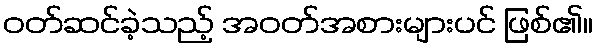
ဝတ်ဆင်ခဲ့သည့် အဝတ်အစားများပင် ဖြစ်၏။